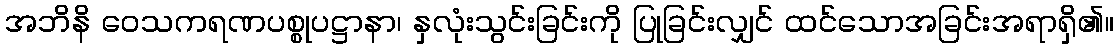
အဘိနိ ဝေသကရဏပစ္စုပဋ္ဌာနာ၊ နှလုံးသွင်းခြင်းကို ပြုခြင်းလျှင် ထင်သောအခြင်းအရာရှိ၏။